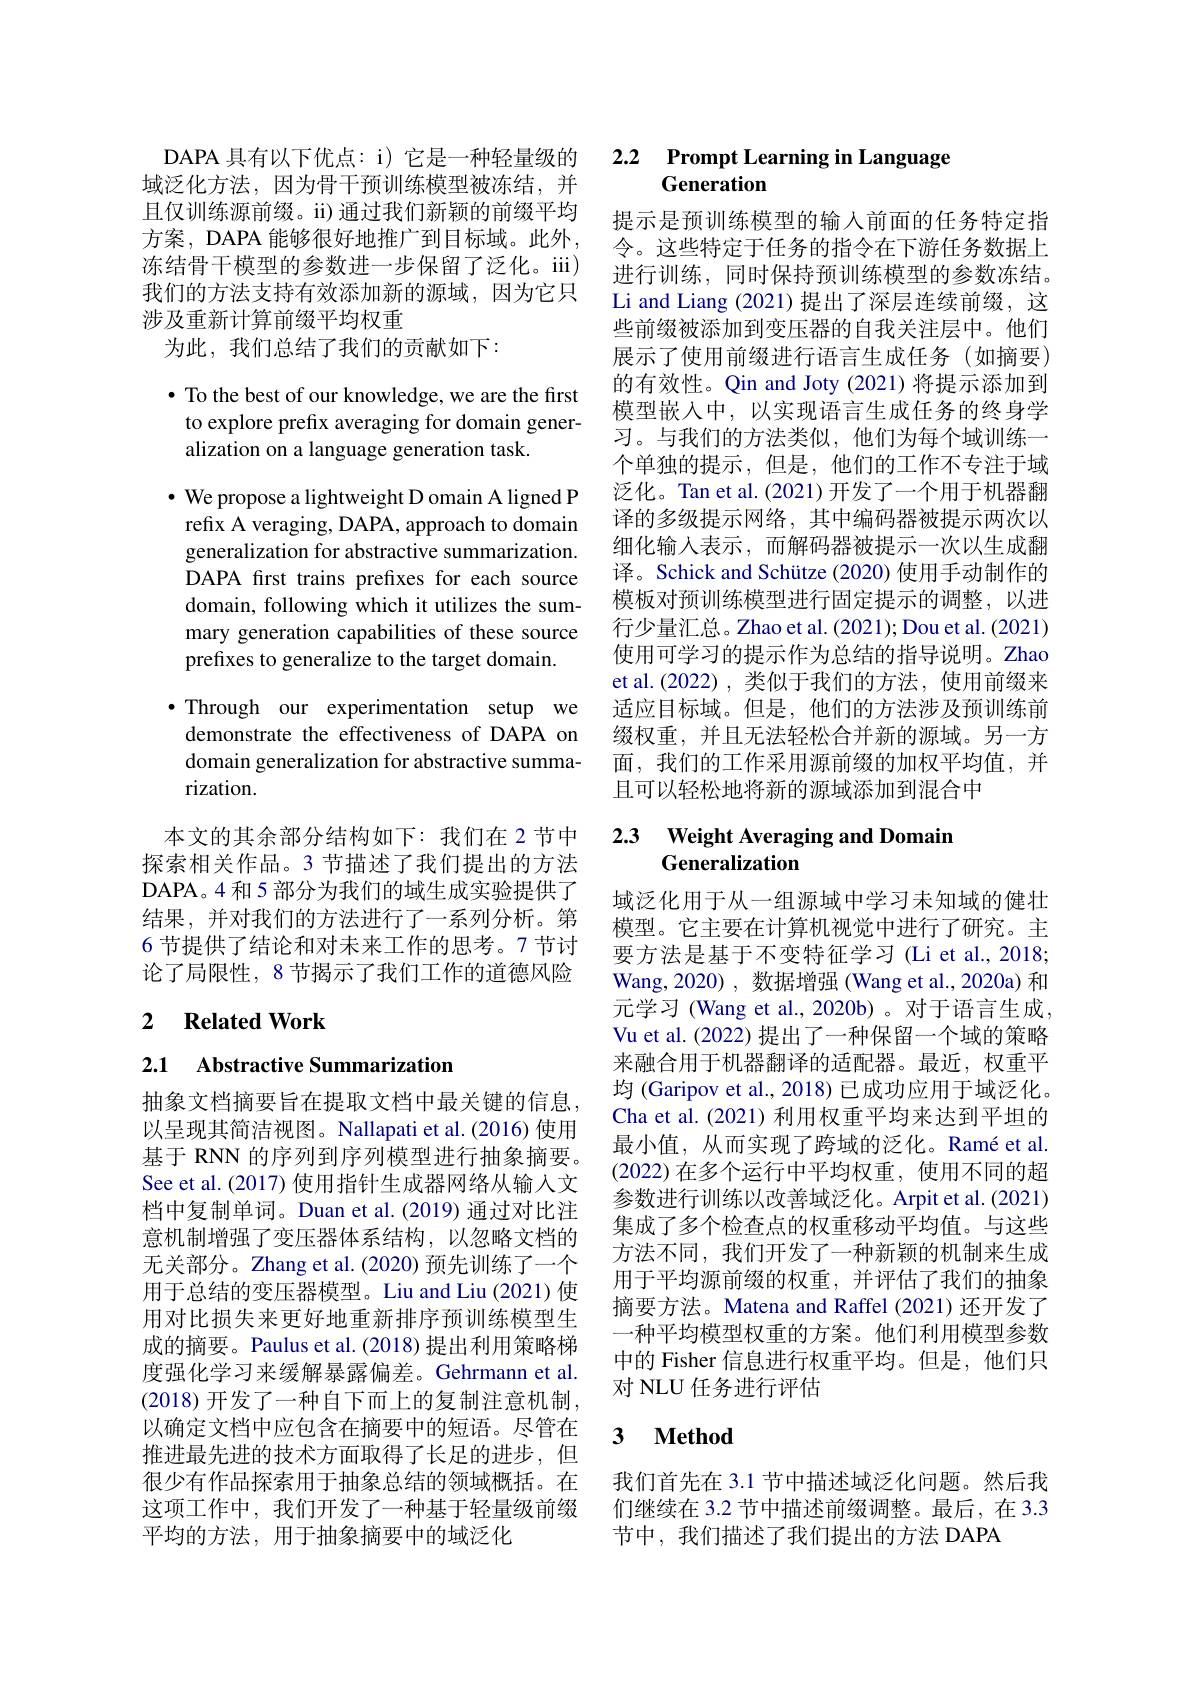
域泛化方法，因为骨干预训练模型被冻结，并且仅训练源前缀。ii)通过我们新颖的前缀平均方案，DAPA 能够很好地推广到目标域。此外， 冻结骨干模型的参数进一步保留了泛化。iii) 我们的方法支持有效添加新的源域，因为它只涉及重新计算前缀平均权重
为此，我们总结了我们的贡献如下：

$\bullet$ To the best of our knowledge, we are the first to explore prefix averaging for domain generalization on a language generation task.

$\cdot$ We propose a lightweight D omain A ligned P refix A veraging, DAPA, approach to domain generalization for abstractive summarization. DAPA first trains prefixes for each source domain, following which it utilizes the summary generation capabilities of these source prefixes to generalize to the target domain.

·Through our experimentation setup we
demonstrate the effectiveness of DAPA on domain generalization for abstractive summarization.

本文的其余部分结构如下：我们在 2 节中探索相关作品。3 节描述了我们提出的方法DAPA。4 和 5 部分为我们的域生成实验提供了结果，并对我们的方法进行了一系列分析。第6 节提供了结论和对未来工作的思考。7 节讨论了局限性，8 节揭示了我们工作的道德风险

# 2 Related Work

2.1 Abstractive Summarization

抽象文档摘要旨在提取文档中最关键的信息， 以呈现其简洁视图。Nallapati et al.(2016) 使用基于 RNN 的序列到序列模型进行抽象摘要。See et al. (2017) 使用指针生成器网络从输入文档中复制单词。Duan et al.(2019) 通过对比注意机制增强了变压器体系结构，以忽略文档的无关部分。Zhang et al.(2020) 预先训练了一个用于总结的变压器模型。Liu and Liu (2021) 使用对比损失来更好地重新排序预训练模型生成的摘要。Paulus et al.(2018) 提出利用策略梯度强化学习来缓解暴露偏差。Gehrmann et al. (2018) 开发了一种自下而上的复制注意机制， 以确定文档中应包含在摘要中的短语。尽管在推进最先进的技术方面取得了长足的进步，但很少有作品探索用于抽象总结的领域概括。在这项工作中，我们开发了一种基于轻量级前缀平均的方法，用于抽象摘要中的域泛化

# DAPA 具有以下优点：i) 它是一种轻量级的 2.2 Prompt Learning in Language Generation

提示是预训练模型的输入前面的任务特定指令。这些特定于任务的指令在下游任务数据上进行训练，同时保持预训练模型的参数冻结。Li and Liang (2021)提出了深层连续前缀，这些前缀被添加到变压器的自我关注层中。他们展示了使用前缀进行语言生成任务(如摘要) 的有效性。Qin and Joty (2021)将提示添加到模型嵌入中，以实现语言生成任务的终身学习。与我们的方法类似，他们为每个域训练一个单独的提示，但是，他们的工作不专注于域泛化。Tan et al.(2021)开发了一个用于机器翻译的多级提示网络，其中编码器被提示两次以细化输入表示，而解码器被提示一次以生成翻译。Schick and Schütze (2020) 使用手动制作的模板对预训练模型进行固定提示的调整，以进行少量汇总。Zhao et al. (2021); Dou et al. (2021) 使用可学习的提示作为总结的指导说明。Zhao et al.(2022),类似于我们的方法，使用前缀来适应目标域。但是，他们的方法涉及预训练前缀权重，并且无法轻松合并新的源域。另一方面，我们的工作采用源前缀的加权平均值，并且可以轻松地将新的源域添加到混合中

# 2.3 Weight Averaging and Domain Generalization

域泛化用于从一组源域中学习未知域的健壮模型。它主要在计算机视觉中进行了研究。主要方法是基于不变特征学习 (Li et al., 2018; Wang,2020), 数据增强(Wang et al.,2020a) 和元学习 (Wang et al., 2020b)。对于语言生成， Vu et al. (2022) 提出了一种保留一个域的策略来融合用于机器翻译的适配器。最近，权重平均 (Garipov et al., 2018) 已成功应用于域泛化。Cha et al.(2021) 利用权重平均来达到平坦的最小值，从而实现了跨域的泛化。Ramé et al (2022)在多个运行中平均权重，使用不同的超参数进行训练以改善域泛化。Arpit et al.(2021) 集成了多个检查点的权重移动平均值。与这些方法不同，我们开发了一种新颖的机制来生成用于平均源前缀的权重，并评估了我们的抽象摘要方法。Matena and Raffel (2021)还开发了一种平均模型权重的方案。他们利用模型参数中的 Fisher 信息进行权重平均。但是，他们只对 NLU 任务进行评估

## 3 $\textbf{Method}$

我们首先在 3.1 节中描述域泛化问题。然后我们继续在 3.2 节中描述前缀调整。最后，在 3.3节中，我们描述了我们提出的方法 DAPA